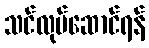
သင်လုပ်ဆောင်ရန်